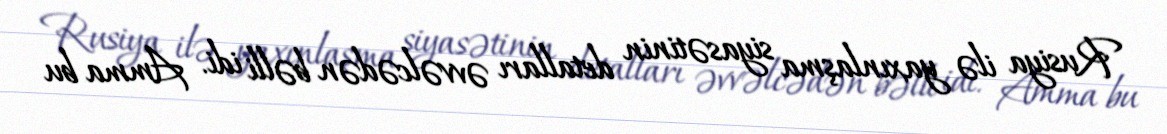
Rusiya ilə yaxınlaşma siyasətinin detalları əvvəlcədən bəlli idi. Amma bu